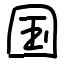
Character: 国